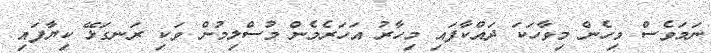
ނަމަވެސް މިހެން މިވާހަކަ ދައްކާފައި މިހާރު އަހަރެމެން މުސްލިމުން ވަކި ރަނގަޅޭ ކިޔާފައި